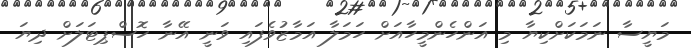
މަޔީސާ ނަމަކަށްކިޔާ މި އަންހެންމީހާއަށް ހަމަލާ އަމާޒުވެފައި ވަނީ އޭނާ ހޮސްޕިޓަލަށް ދިޔަ